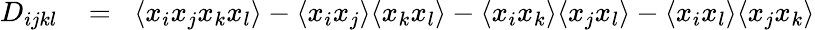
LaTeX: \begin{array}{rlr}{D_{ijkl}}&{{}\! =\! }&{\langle x_{i}x_{j}x_{k}x_{l}\rangle-\langle x_{i}x_{j}\rangle\langle x_{k}x_{l}\rangle-\langle x_{i}x_{k}\rangle\langle x_{j}x_{l}\rangle-\langle x_{i}x_{l}\rangle\langle x_{j}x_{k}\rangle}\end{array}